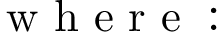
\begin{array} { r l } { ~ \mathrm { ~ w ~ h ~ e ~ r ~ e ~ : ~ ~ ~ ~ ~ ~ ~ } } & { { } } \end{array}